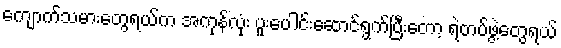
ကျောက်သမားတွေရယ်က အကုန်လုံး ပူးပေါင်းဆောင်ရွက်ပြီးတော့ ရဲတပ်ဖွဲ့တွေရယ်